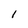
Character: 1